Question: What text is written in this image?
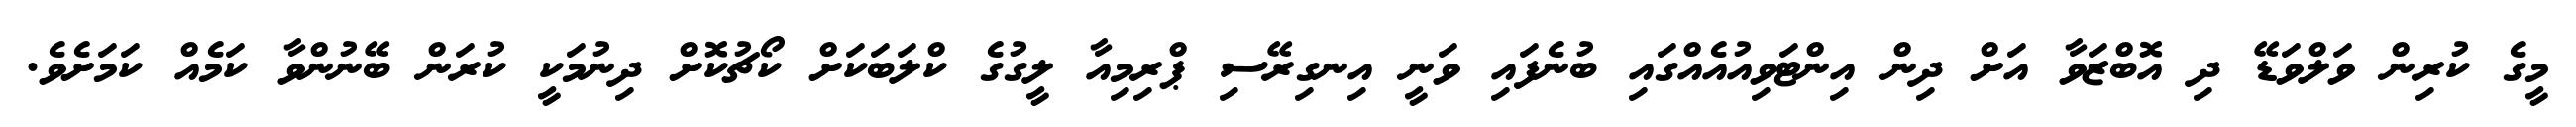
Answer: މީގެ ކުރިން ވަލްވަޑޭ ދި އޮބްޒަވާ އަށް ދިން އިންޓަވިއުއެއްގައި ބުނެފައި ވަނީ އިނގިރޭސި ޕްރިމިއާ ލީގުގެ ކްލަބަކަށް ކޯޗުކޮށް ދިނުމަކީ ކުރަން ބޭނުންވާ ކަމެއް ކަމަށެވެ.